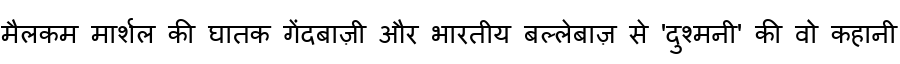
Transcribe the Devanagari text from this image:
मैलकम मार्शल की घातक गेंदबाज़ी और भारतीय बल्लेबाज़ से 'दुश्मनी' की वो कहानी